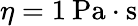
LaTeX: \eta=1\: \mathrm{Pa\cdot s}